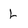
Character: L